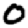
Digit: 0